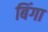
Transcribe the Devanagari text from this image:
बिंगा